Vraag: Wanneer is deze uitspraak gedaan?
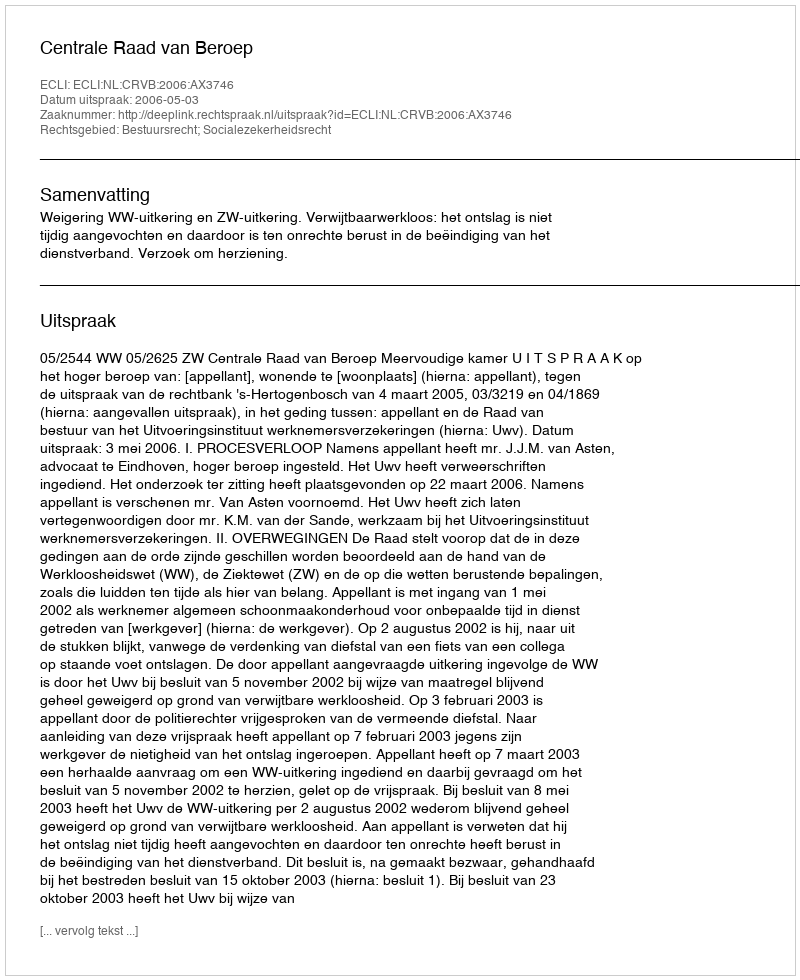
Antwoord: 2006-05-03